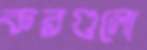
করগুলো